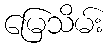
မြေသိမ်း